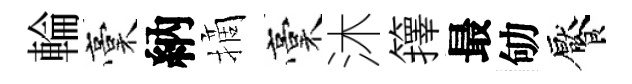
輪稾納摘稾沐籜最劬饜